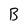
Character: B